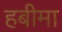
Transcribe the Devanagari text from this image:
हबीमा